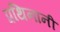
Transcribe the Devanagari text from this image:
प्रथिनानी